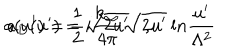
LaTeX: a ( u ^ { \prime } ) = \frac { 1 } { 2 } \sqrt { 2 u ^ { \prime } } , \hspace { 1 c m } a _ { D } ( u ^ { \prime } ) = i \frac { k _ { \infty } } { 4 \pi } \sqrt { 2 u ^ { \prime } } \: { \mathrm { l } n } \frac { u ^ { \prime } } { \Lambda ^ { 2 } }